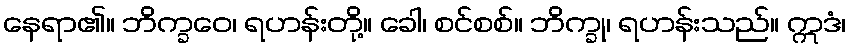
နေရာ၏။ ဘိက္ခဝေ၊ ရဟန်းတို့။ ခေါ၊ စင်စစ်။ ဘိက္ခု၊ ရဟန်းသည်။ ဣဒံ၊